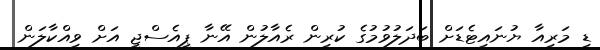
ޑި މަރިއާ ޔުނައިޓެޑަށް ބަދަލުވުމުގެ ކުރިން ރެއާލުން އޭނާ ޕީއެސްޖީ އަށް ވިއްކާލަން